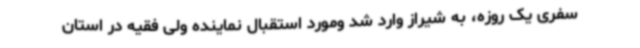
سفری یک روزه، به شیراز وارد شد ومورد استقبال نماینده ولی فقیه در استان